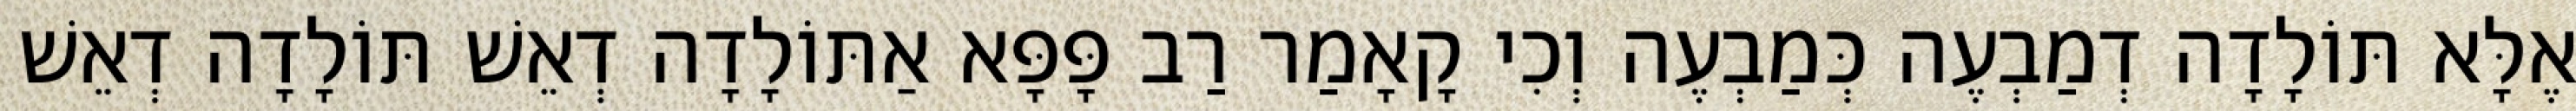
אֶלָּא תּוֹלָדָה דְמַבְעֶה כְּמַבְעֶה וְכִי קָאָמַר רַב פָּפָּא אַתּוֹלָדָה דְאֵשׁ תּוֹלָדָה דְאֵשׁ